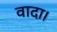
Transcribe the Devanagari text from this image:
वादा।